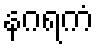
နဂရကံ